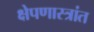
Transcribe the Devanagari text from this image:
क्षेपणास्त्रांत